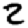
Digit: 2